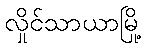
လှိုင်သာယာမြို့